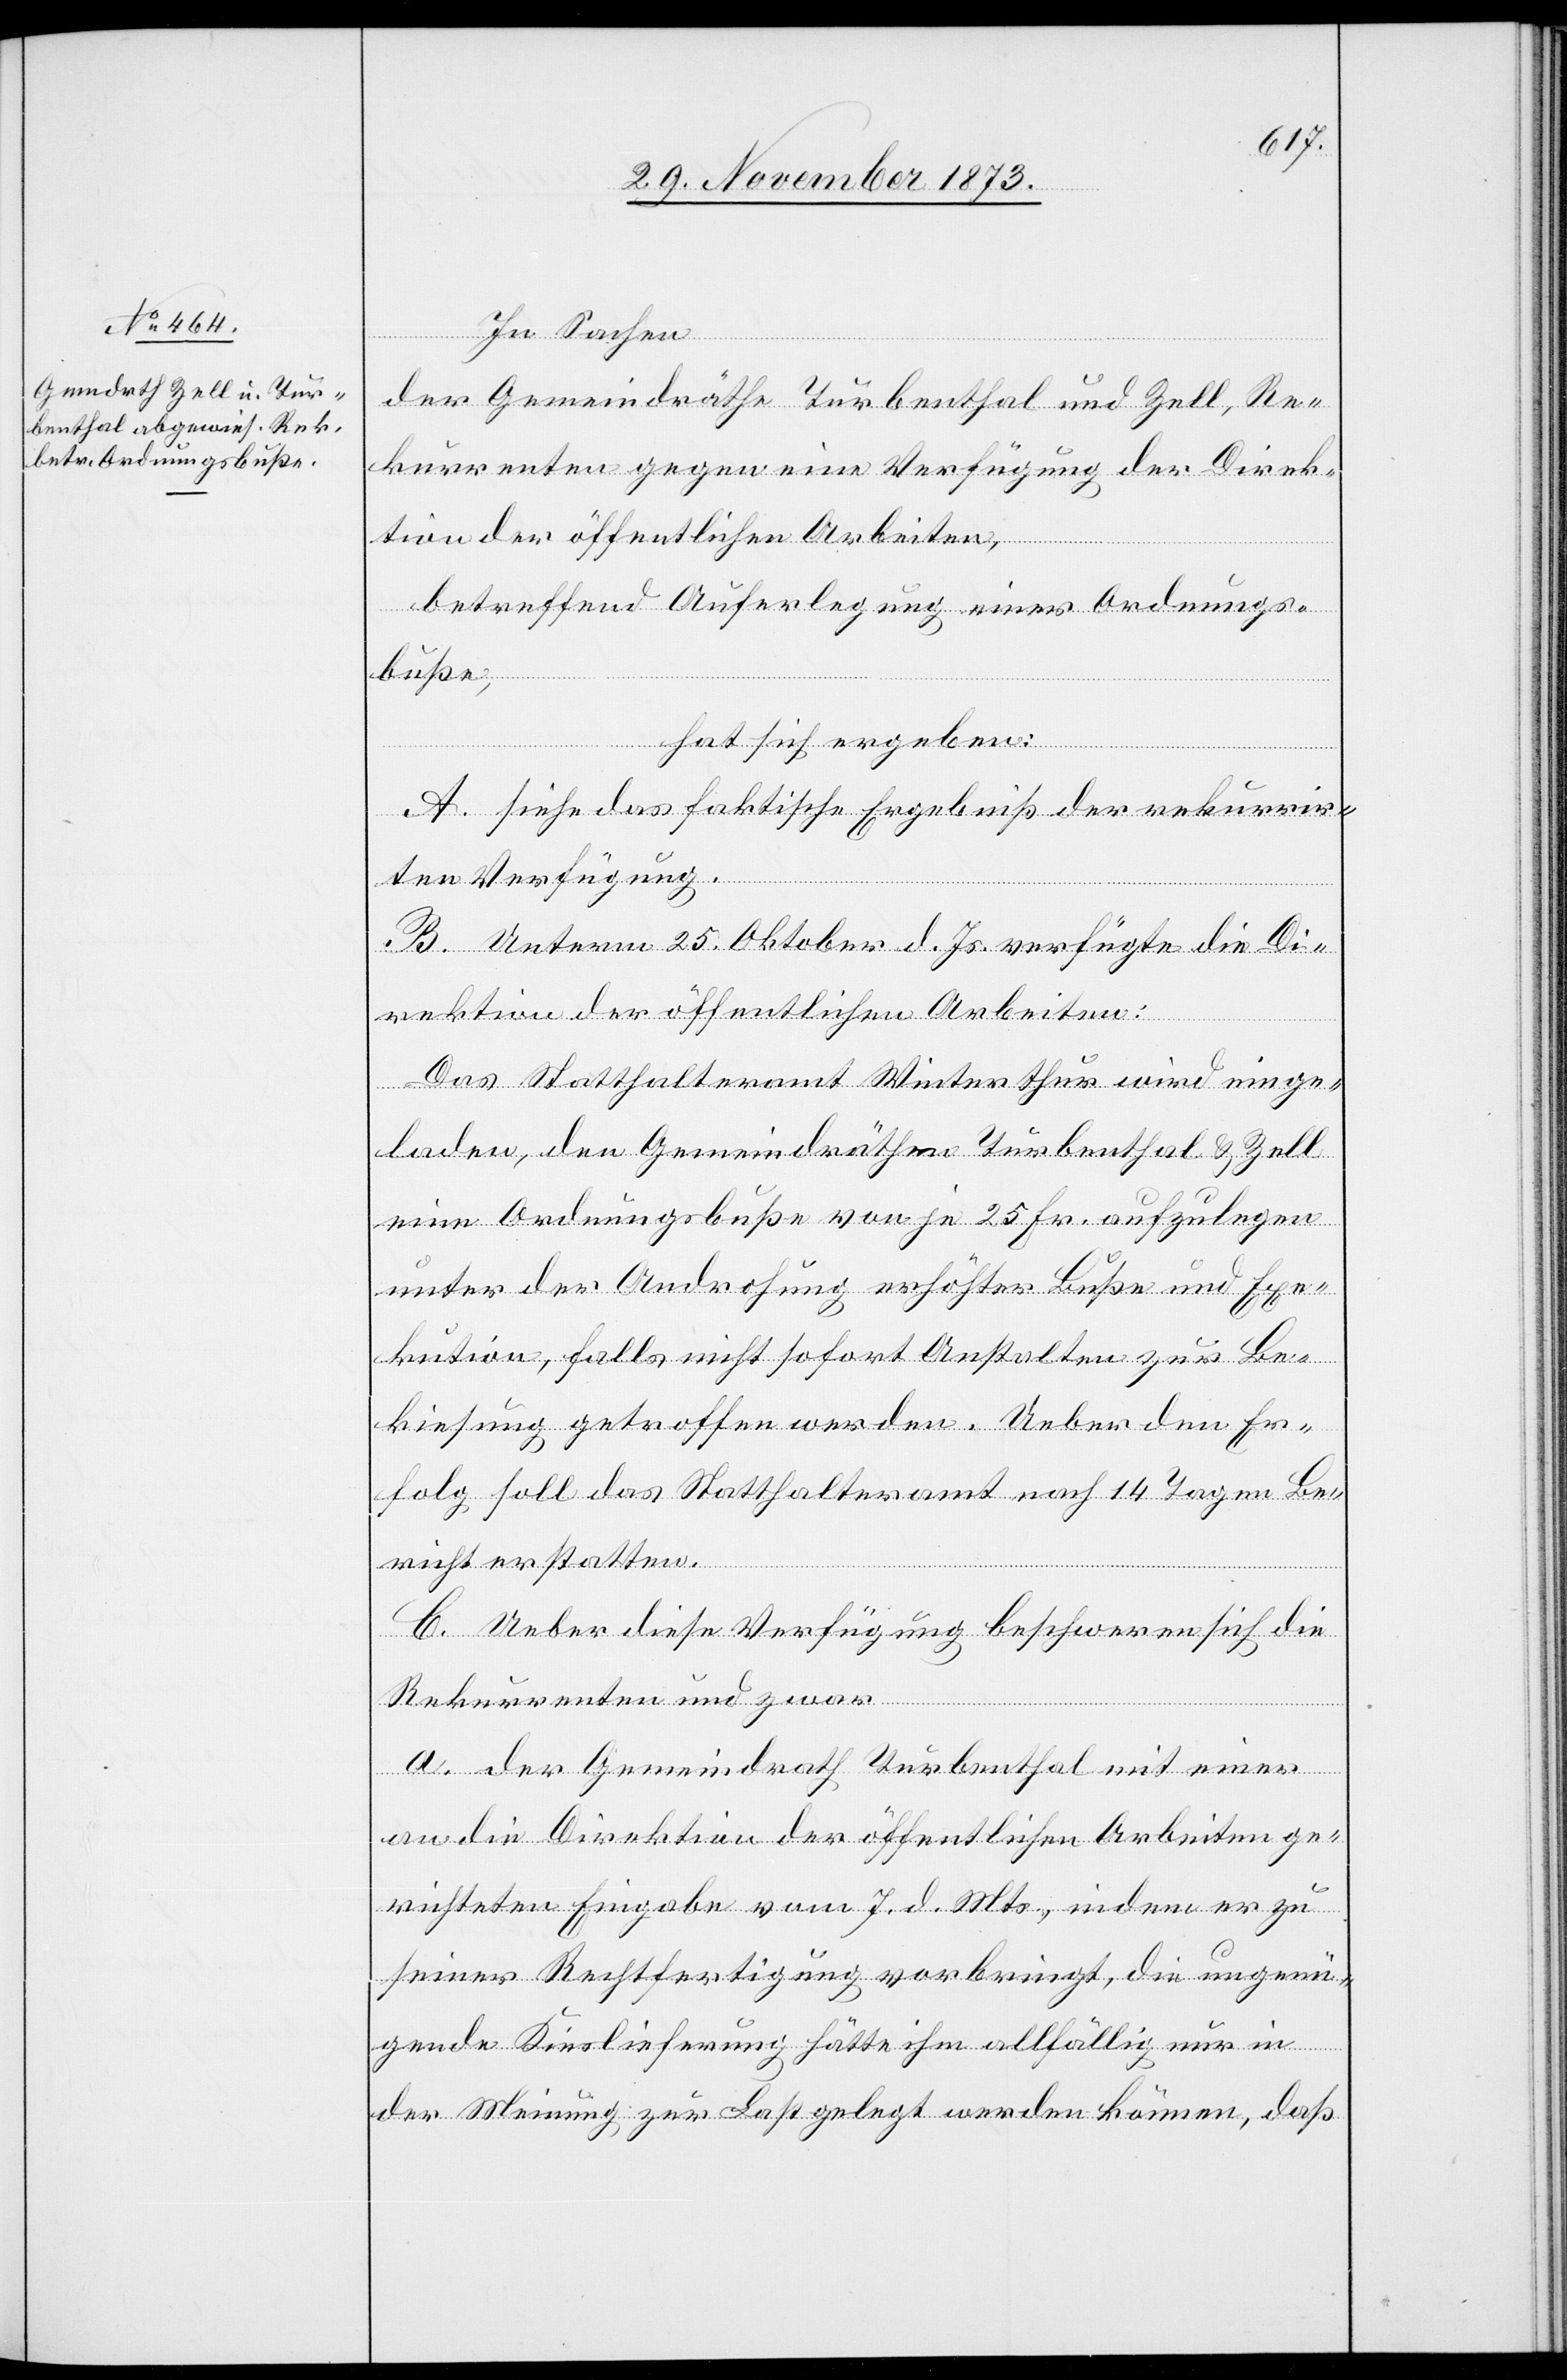
In Sachen
der Gemeindräthe Turbenthal und Zell, Re¬
kurrenten gegen eine Verfügung der Direk¬
tion der öffentlichen Arbeiten,
betreffend Auferlegung einer Ordnungs¬
buße,
hat sich ergeben:
A. siehe das faktische Ergebniß der rekurrir¬
ten Verfügung.
B. Unterm 25. Oktober d. Js. verfügte die Di¬
rektion der öffentlichen Arbeiten:
Das Statthalteramt Winterthur wird einge¬
laden, den Gemeindräthen Turbenthal & Zell
eine Ordnungsbuße von je 25 Fr. aufzulegen
unter der Androhung erhöhter Buße und Exe¬
kution, falls nicht sofort Anstalten zur Be¬
kiesung getroffen werden. Ueber den Er¬
folg soll das Statthalteramt nach 14 Tagen Be¬
richt erstatten.
C. Ueber diese Verfügung beschweren sich die
Rekurrenten und zwar
a. der Gemeindrath Turbenthal mit einer
an die Direktion der öffentlichen Arbeiten ge¬
richteten Eingabe vom 7. d. Mts., indem er zu
seiner Rechtfertigung vorbringt, die ungenü¬
gende Kieslieferung hätte ihm allfällig nur in
der Meinung zur Last gelegt werden können, daß